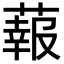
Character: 蕔